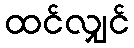
ထင်လျှင်